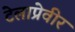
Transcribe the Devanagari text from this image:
टेलाप्रेवीर